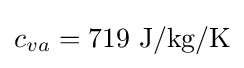
c_{va}=719{\text{ J/kg/K}}